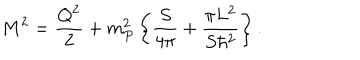
M ^ { 2 } = { \frac { Q ^ { 2 } } { 2 } } + { m _ { P } ^ { 2 } } \left\{ { \frac { S } { 4 \pi } } + { \frac { \pi L ^ { 2 } } { S \hbar ^ { 2 } } } \right\} .